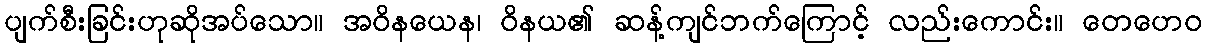
ပျက်စီးခြင်းဟုဆိုအပ်သော။ အဝိနယေန၊ ဝိနယ၏ ဆန့်ကျင်ဘက်ကြောင့် လည်းကောင်း။ တေဟေဝ